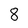
Character: 8